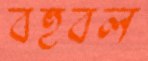
বহুবল